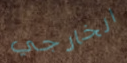
الخارجي